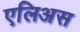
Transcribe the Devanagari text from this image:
एलिअस